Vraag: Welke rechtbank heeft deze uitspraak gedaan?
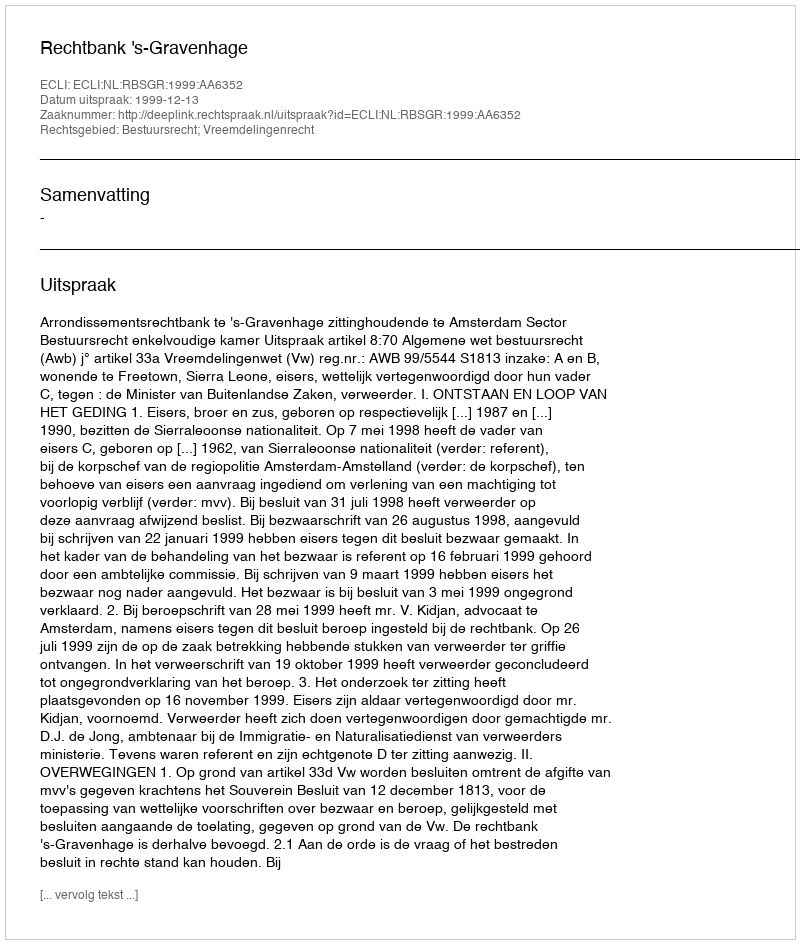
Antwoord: Rechtbank 's-Gravenhage